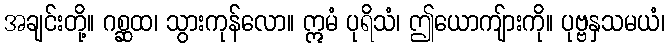
အချင်းတို့။ ဂစ္ဆထ၊ သွားကုန်လော။ ဣမံ ပုရိသံ၊ ဤယောကျ်ားကို။ ပုဗ္ဗနှသမယံ၊